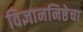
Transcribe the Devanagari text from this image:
विज्ञाननिष्ठेचा